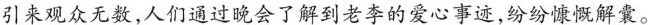
引来观众无数，人们通过晚会了解到老李的爱心事迹，纷纷慷慨解囊。